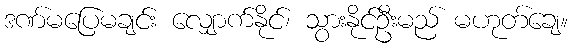
ဒဏ်မပြေမချင်း လျှောက်နိုင်၊ သွားနိုင်ဦးမည် မဟုတ်ချေ။